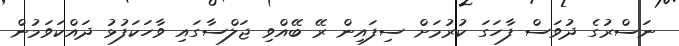
ނަސްރުގެ ދުވަސް ފާހަގަ ކުރުމަށް ސިފައިން ރޭ ބޭއްވި ޖަލްސާގައި ވާހަކަފުޅު ދައްކަވަމުން